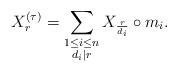
LaTeX: \begin{align*}X_r^{(\tau)} = \sum_{\substack{1\leq i \leq n \\ d_i \mid r}} X_{\frac{r}{d_i}} \circ m_i.\end{align*}